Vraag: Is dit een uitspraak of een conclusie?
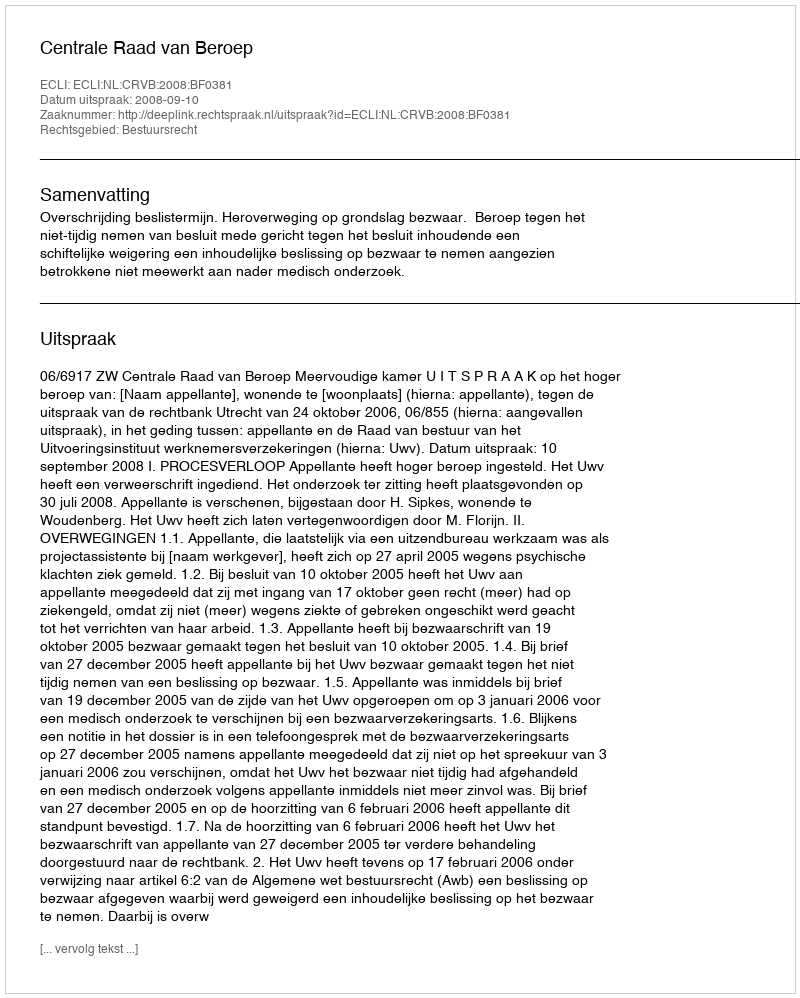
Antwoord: Uitspraak